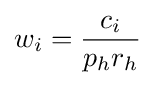
w_{i}={\frac {c_{i}}{p_{h}r_{h}}}